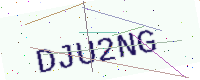
Text: DJU2NG